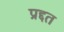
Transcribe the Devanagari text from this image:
प्रद्दत